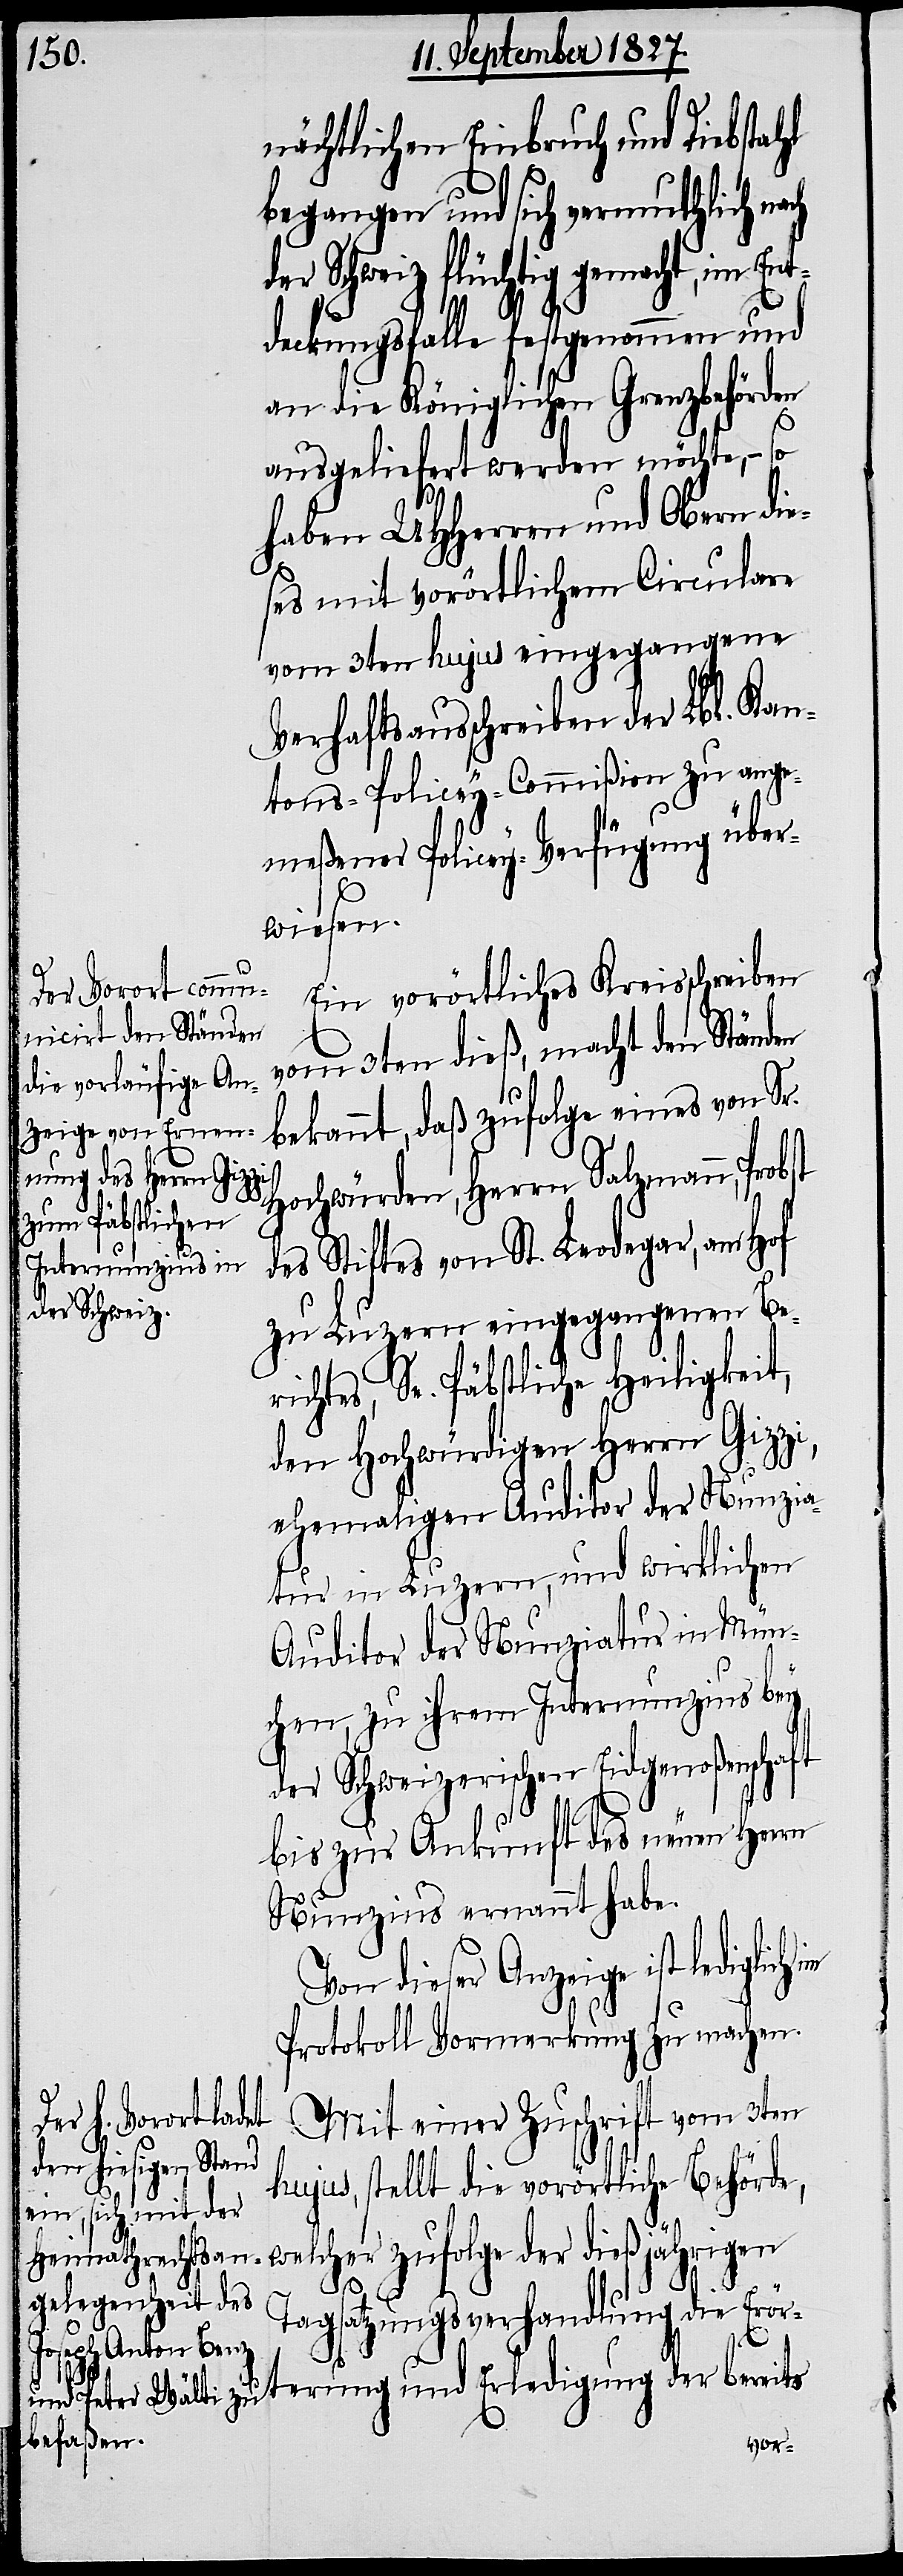
nächtlichen Einbruch und Diebstahl
begangen und sich vermuthlich nach
der Schweiz flüchtig gemacht, im Ent¬
deckungsfalle festgenommen und
an die Königlichen Grenzbehörden
ausgeliefert werden möchte, – so
haben UHHerren und Obern die¬
ses mit vorörtlichem Circulare
vom 3ten hujus eingegangene
Verhaftsausschreiben der Lbl. Kan¬
tons-Policey-Commißion zu ange¬
meßener Policey-Verfügung über¬
wiesen.
Ein vorörtliches Kreisschreiben
vom 3ten dieß, macht den Ständen
bekannt, daß zufolge eines von Sr.
Hochwürden, Herrn Salzmann, Pro¬
der
des Stiftes von St. Leodegar, am Hof
zu Luzern eingegangenen Ber¬
ichtes, Se. Päbstliche Heiligkeit,
den Hochwürdigen Herrn Gizzi,
ehemaligen Auditor der Nunzia¬
tur in Luzern, und wirklichen
Auditor der Nunziatur in Mün¬
chen, zu ihrem Internunzius bey
der Schweizerischen Eidgenoßenschaft
bis zur Ankunft des neuen Herrn
Nunzius ernannt habe.
Von dieser Anzeige ist lediglich
Protokoll Vormerkung zu machen.
der bereits
Mit einer Zuschrift vom 3ten
hujus, stellt die vorörtliche Behörde,
Tagsatzungsverhandlung die Erört¬
erung